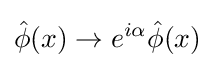
{\hat {\phi }}(x)\rightarrow e^{i\alpha }{\hat {\phi }}(x)